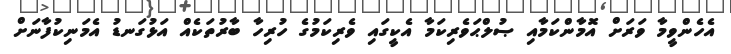
އެހެންވީމާ ވަރަށް އޮމާންކަމާއި ޞުލްޙަވެރިކަމާ އެކީގައި ވެރިކަމުގެ ހުރިހާ ބާރުތަކެއް އަޅުގަނޑު އެމަނިކުފާނަށް